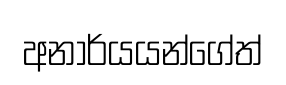
අනාර්යයන්ගේත්